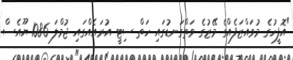
"އޮފީހުގެ މުވައްޒަފެއްގެ މޭޒުގެ ވަތްގަނޑުގައި ހަތް ސިޓީ އުރައެއްގައި ޖުމްލަ 1086 ޔޫއެސް